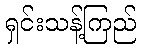
ရှင်းသန့်ကြည်